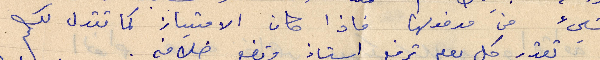
شيء من مدفونها فاذا كان الامتياز كما تقول لك